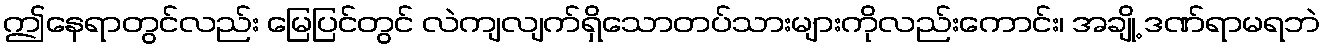
ဤနေရာတွင်လည်း မြေပြင်တွင် လဲကျလျက်ရှိသောတပ်သားများကိုလည်းကောင်း၊ အချို့ ဒဏ်ရာမရဘဲ